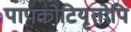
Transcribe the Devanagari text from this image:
पापकोटियृतोपि